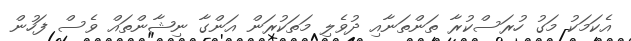
އެކަމަކު މަގު ހުރަސްކުރާ ތަންތަނާއި ދުވެލި މަތަކުރަން އަންގާ ނިޝާންތައް ވެސް ފަހުން